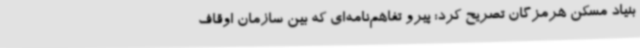
بنیاد مسکن هرمزگان تصریح کرد: پیرو تفاهم‌نامه‌ای که بین سازمان اوقاف